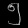
Digit: ၅